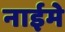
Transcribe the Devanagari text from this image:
नाईमे